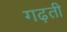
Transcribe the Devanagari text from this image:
गढ़ती